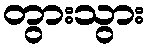
တွားသွား